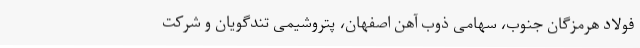
فولاد هرمزگان جنوب، سهامی ذوب آهن اصفهان، پتروشیمی تندگویان و شرکت